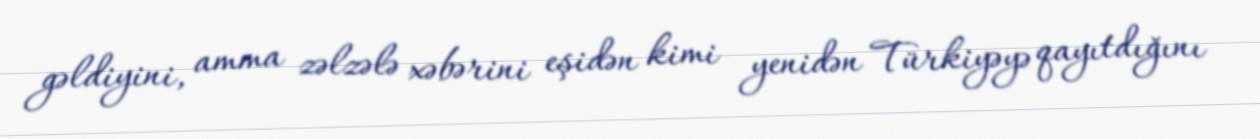
gəldiyini, amma zəlzələ xəbərini eşidən kimi yenidən Türkiyəyə qayıtdığını